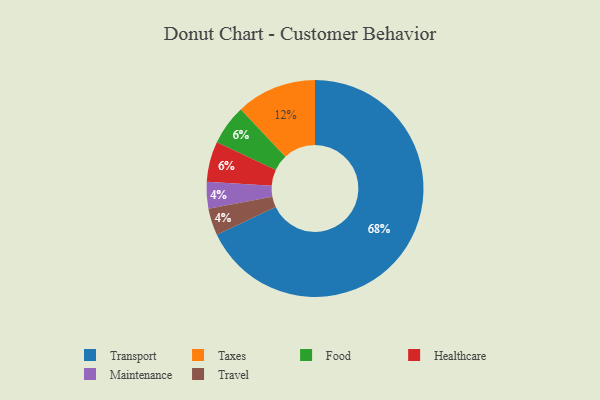
{"axis": {"x": "Category", "y": "Percentage"}, "legend": ["Food", "Healthcare", "Maintenance", "Taxes", "Transport", "Travel"], "data": [{"x": "Taxes", "y": 12, "type": "Taxes"}, {"x": "Maintenance", "y": 4, "type": "Maintenance"}, {"x": "Food", "y": 6, "type": "Food"}, {"x": "Travel", "y": 4, "type": "Travel"}, {"x": "Transport", "y": 68, "type": "Transport"}, {"x": "Healthcare", "y": 6, "type": "Healthcare"}]}